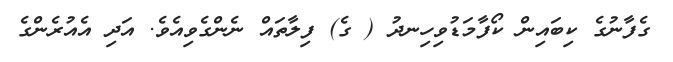
ގެފާނުގެ ކިބައިން ކޯފާމަޑުވިހިނދު ( ގެ) ފިލާތައް ނެންގެވިއެވެ. އަދި އެއުރެންގެ